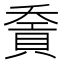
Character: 𧶓